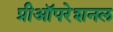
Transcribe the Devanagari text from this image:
प्रीऑपरेशनल